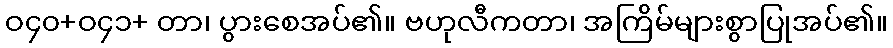
ဝ၄၀+ဝ၄၁+ တာ၊ ပွားစေအပ်၏။ ဗဟုလီကတာ၊ အကြိမ်များစွာပြုအပ်၏။